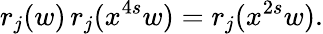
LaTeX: r_{j}(w)\, r_{j}(x^{4s}w)=r_{j}(x^{2s}w).